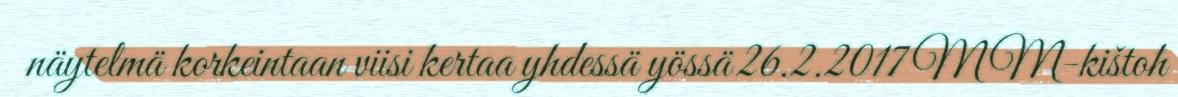
näytelmä korkeintaan viisi kertaa yhdessä yössä 26.2.2017 MM-kištoh